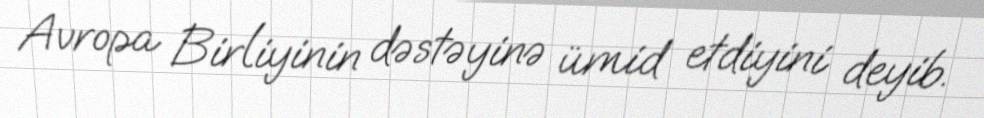
Avropa Birliyinin dəstəyinə ümid etdiyini deyib.